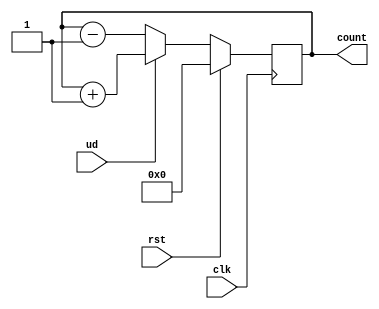
module counter_updown4bit(clk,rst,ud,count);
  
  input clk,rst;
  input ud; // ud=1 for up count; ud=0 for down count
  output reg [3:0]count;
  
  always@(posedge clk)
    begin
      if(rst)
        count<=0;
      else if(ud)
        count<=count+1'b1;
      else
        count<=count-1'b1;
      
    end
  
  endmodule